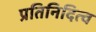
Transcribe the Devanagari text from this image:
प्रतिनिदित्व